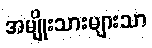
အမျိုးသားများသာ